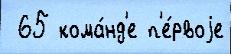
 65 кома́нд'е п'е́рвоjе